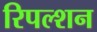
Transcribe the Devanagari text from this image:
रिपल्शन